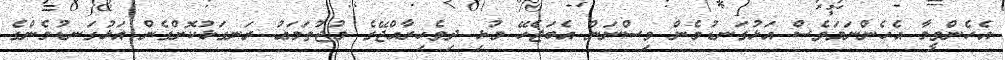
އެހެންވީމާ އެހެންނަމަވެސް އަޅުގަނޑުމެން ވިސްނަން އެބަޖެހޭ މުޅި ދިވެހިރާއްޖޭގެ މުޖުތަމަޢު ރަނގަޅުކޮށްގެން އަޅުގަނޑުމެންގެ